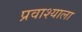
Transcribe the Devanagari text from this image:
प्रवाश्याला